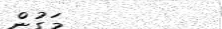
މަގުން